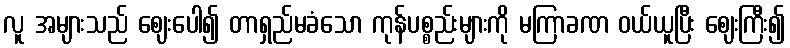
လူ အများသည် ဈေးပေါ၍ တာရှည်မခံသော ကုန်ပစ္စည်းများကို မကြာခဏ ဝယ်ယူပြီး ဈေးကြီး၍